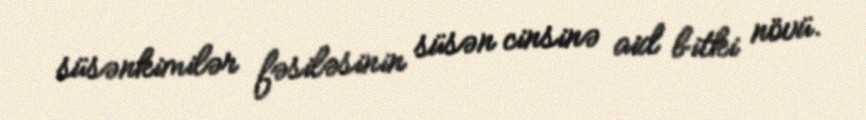
süsənkimilər fəsiləsinin süsən cinsinə aid bitki növü.